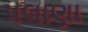
પલાણા